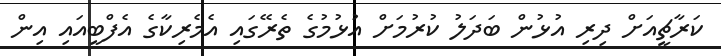
ކަރާޗީއަށް ދިރި އުޅުން ބަދަލު ކުރުމަށް އުޅުމުގެ ތެރޭގައި އެމެރިކާގެ އެފްބީއައި އިން